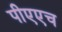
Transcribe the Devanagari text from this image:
पीएएच